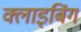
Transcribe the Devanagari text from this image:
क्लाइबिंग